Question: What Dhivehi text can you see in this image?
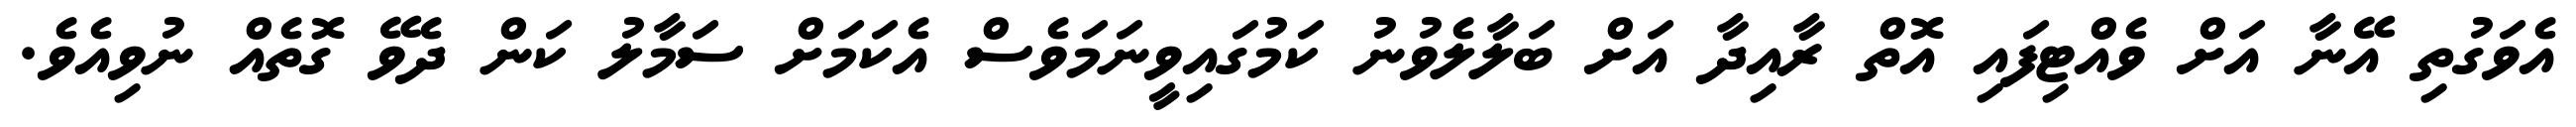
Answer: އެވަގުތި އޭނާ އަށް ވެއްޓިފައި އޮތް ރާއިދާ އަށް ބަލާލެވުނު ކަމުގައިވީނަމަވެސް އެކަމަށް ސަމާލު ކަން ދެވޭ ގޮތެއް ނުވިއެވެ.